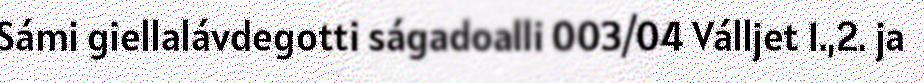
Sámi giellalávdegotti ságadoalli 003/04 Válljet 1.,2. ja